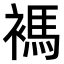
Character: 𧜗